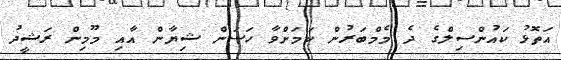
އަތޮޅު ކައުންސިލްގެ ދެ މެމްބަރުން ކަމަށްވާ ހަސަން ޝިޔާން އާއި މޫމިން ރަޝީދު